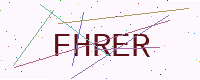
Text: FHRER